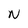
Character: N